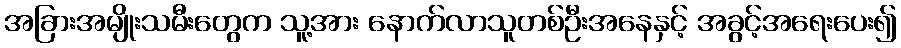
အခြားအမျိုးသမီးတွေက သူ့အား နောက်လာသူတစ်ဦးအနေနှင့် အခွင့်အရေးပေး၍